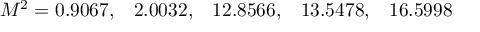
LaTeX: M ^ { 2 } = 0 . 9 0 6 7 , \; \; \; 2 . 0 0 3 2 , \; \; \; 1 2 . 8 5 6 6 , \; \; \; 1 3 . 5 4 7 8 , \; \; \; 1 6 . 5 9 9 8